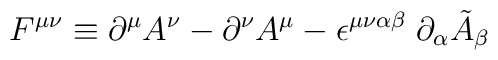
F^{\mu \nu} \equiv \partial^{\mu} A^{\nu} - \partial^{\nu} A^{\mu} -\epsilon^{\mu \nu \alpha \beta} \; \partial_{\alpha} \tilde{A}_{\beta}